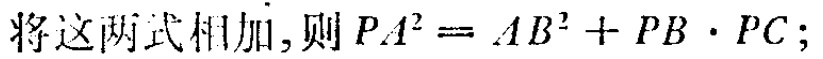
将这两式相加,则 \(PA^{2}=AB^{2}+PB\cdot PC\);